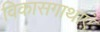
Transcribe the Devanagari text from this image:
विकासगाथाएं